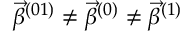
\vec { \beta } ^ { ( 0 1 ) } \neq \vec { \beta } ^ { ( 0 ) } \neq \vec { \beta } ^ { ( 1 ) }